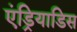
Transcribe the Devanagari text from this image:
एंड्रियाडिस